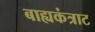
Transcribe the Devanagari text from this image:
बाह्यकंत्राट